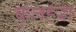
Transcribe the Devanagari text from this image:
फुलहरा